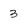
Character: 3